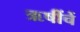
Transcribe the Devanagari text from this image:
ऋषींचें